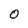
Character: O